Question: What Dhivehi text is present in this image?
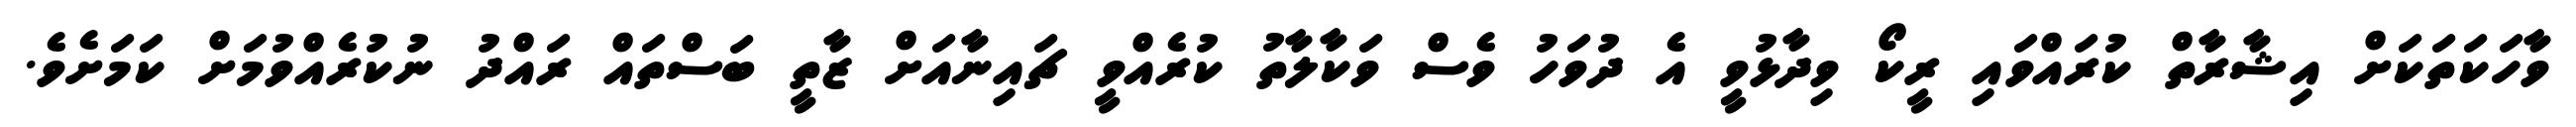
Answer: ވާހަކަތަކަށް އިޝާރާތް ކުރައްވައި ރީކޯ ވިދާޅުވީ އެ ދުވަހު ވެސް ވަކާލާތު ކުރެއްވީ ޗައިނާއަށް ޒާތީ ބަސްތައް ރައްދު ނުކުރެއްވުމަށް ކަމަށެވެ.